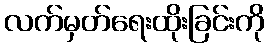
လက်မှတ်ရေးထိုးခြင်းကို